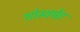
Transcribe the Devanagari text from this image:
शोम्वर्पेत